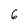
Character: 6